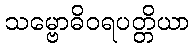
သမ္ဗောဓိဝရပတ္တိယာ